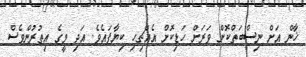
ޚާން އަށް ނިސްބަތްކޮށް ވަރަށް ހަޑިކޮށް އެއްޗިހި ކިޔާފައެވެ. އަދި މީގެ އިތުރުންވެސް